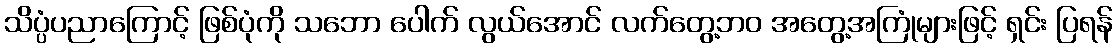
သိပ္ပံပညာကြောင့် ဖြစ်ပုံကို သဘော ပေါက် လွယ်အောင် လက်တွေ့ဘဝ အတွေ့အကြုံများဖြင့် ရှင်း ပြရန်